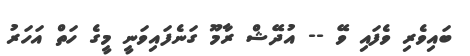
ބައިވެރި ވެފައި ވޭ -- އުދޭޝް ރާމޫ ގަނެފައިވަނީ މީގެ ހަތް އަހަރު